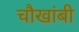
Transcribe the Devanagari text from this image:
चौखांबी